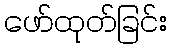
ဖော်ထုတ်ခြင်း